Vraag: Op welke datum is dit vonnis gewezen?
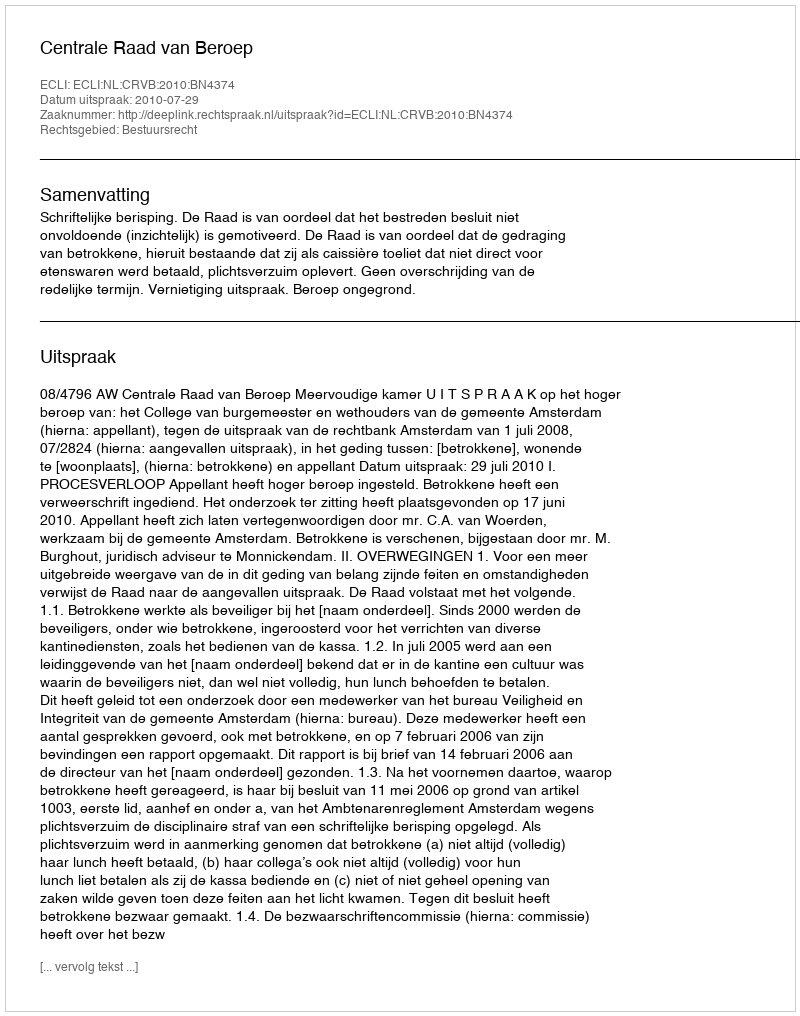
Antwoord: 2010-07-29